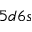
5 d 6 s